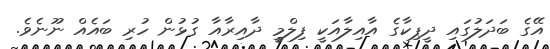
އޭގެ ބަދަލުގައި ދީޕިކާގެ އާއިލާއަކީ ފިލްމީ ދާއިރާއާ ގުޅުން ހުރި ބައެއް ނޫނެވެ.